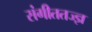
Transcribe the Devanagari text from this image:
संगीततज्ज्ञ